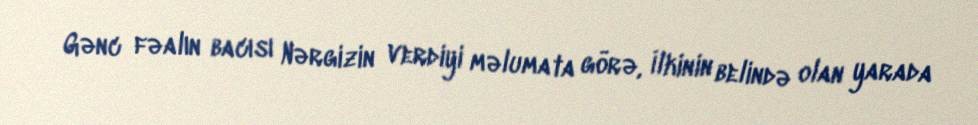
Gənc fəalın bacısı Nərgizin verdiyi məlumata görə, İlkinin belində olan yarada